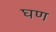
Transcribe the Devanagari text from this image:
घण